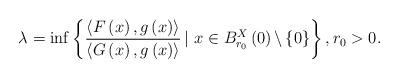
LaTeX: \begin{align*}\lambda =\inf \left\{ \frac{\left\langle F\left( x\right) ,g\left( x\right)\right\rangle }{\left\langle G\left( x\right) ,g\left( x\right)\right\rangle }\left\vert \ x\in \right. B_{r_{0}}^{X}\left( 0\right)\backslash \left\{ 0\right\} \right\} ,r_{0}>0. \end{align*}